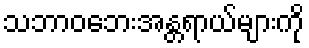
သဘာဝဘေးအန္တရာယ်များကို